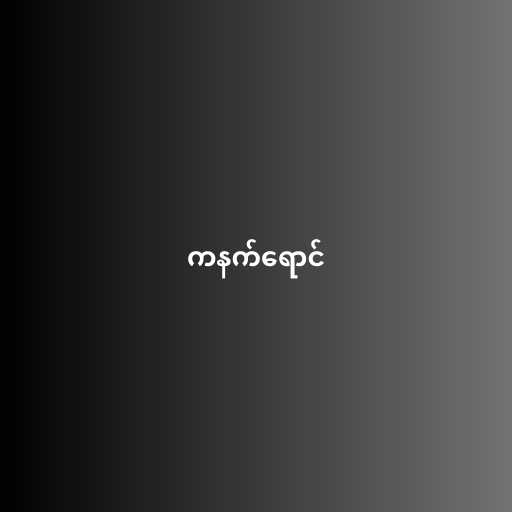
ကနက်ရောင်